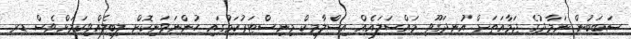
ސަބަބުން ނަމާދުގެ ޖަމާއަތަށް އުނދަގޫވި މައްސަލައެއް އިސްލާމިކް މިނިސްޓަރުކަމުގައި ހުންނަވަނިކޮށް ލިބިލެއްވިކަމަށްވެސް ޑރ.